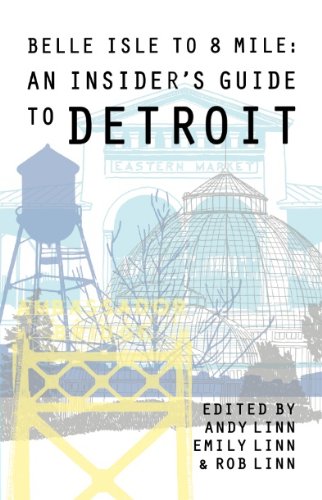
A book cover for Belle Isle to 8 Mile An Insider's Guide to Detroit; Andy Linn; Travel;